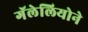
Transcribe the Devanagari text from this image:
गॅलेलियोने